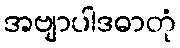
အဗျာပါဒဓာတုံ